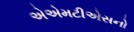
એએમટીએસનો